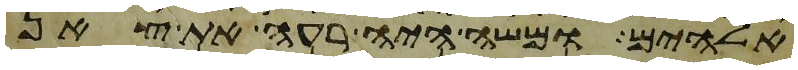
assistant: אלהים ומשה היה רעה את צאן